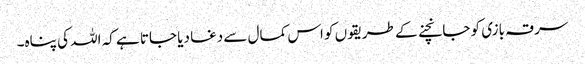
سرقہ بازی کو جانچنے کے طریقوں کو اس کمال سے دغا دیا جاتا ہے کہ اللہ کی پناہ۔